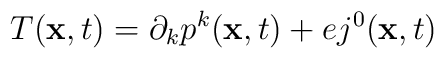
T({\bf x},t)=\partial_kp^k({\bf x},t)+ej^0({\bf x},t)